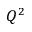
Q ^ { 2 }